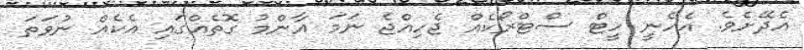
އެދޭށެވެ. އެހެނީ ހީޓް ސްޓްރޯކެއް ޖެހިއްޖެ ނަމަ އާންމު ގޮތެއްގައި އެކެއް ނުވަތަ